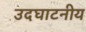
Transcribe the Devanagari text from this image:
उदघाटनीय